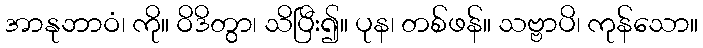
အာနုဘာဝံ၊ ကို။ ဝိဒိတွာ၊ သိပြီး၍။ ပုန၊ တစ်ဖန်။ သဗ္ဗာပိ၊ ကုန်သော။